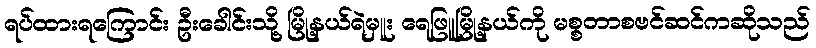
ရပ်ထားရကြောင်း ဦးခေါင်းသို့ မြို့နယ်ရဲမှူး ရေဖြူမြို့နယ်ကို မစ္စတာစဗင်ဆင်ကဆိုသည်